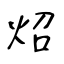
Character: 炤